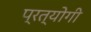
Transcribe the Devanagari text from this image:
प्रत्योगी